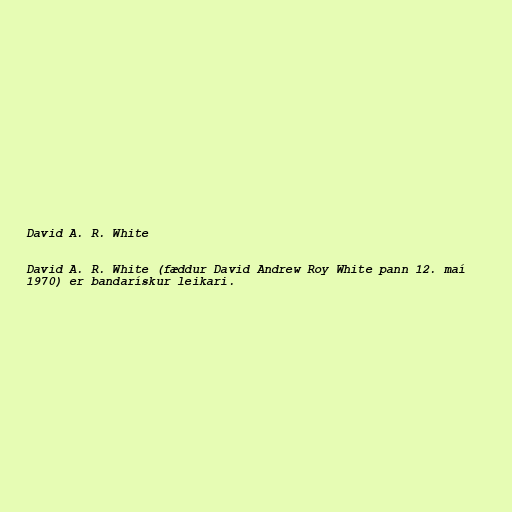
David A. R. White

David A. R. White (fæddur David Andrew Roy White pann 12. maí
1970) er bandarískur leikari.